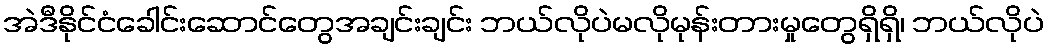
အဲဒီနိုင်ငံခေါင်းဆောင်တွေအချင်းချင်း ဘယ်လိုပဲမလိုမုန်းတားမှုတွေရှိရှိ၊ ဘယ်လိုပဲ